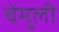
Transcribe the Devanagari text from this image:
चेमुली